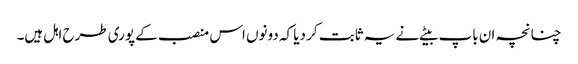
چنانچہ ان باپ بیٹے نے یہ ثابت کر دیا کہ دونوں اس منصب کے پوری طرح اہل ہیں۔